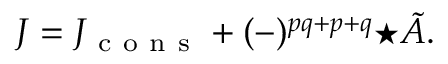
J = J _ { \mathrm { ~ c ~ o ~ n ~ s ~ } } + ( - ) ^ { p q + p + q } { \star \tilde { A } } .